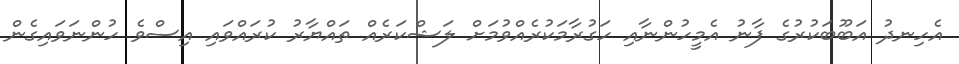
އެހިނދު އަބޫބަކުރުގެ ފާނު އެމީހުންނާއި ހަގުރާމަކުރެއްވުމަށް ލަޝްކަރެއް ތައްޔާރު ކުރައްވައި އިސްވެ ހުންނަވައިގެން